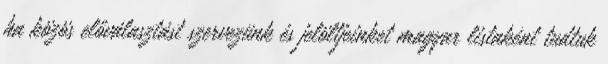
ha közös előválasztást szervezünk és jelöltjeinket magyar listaként tudtuk